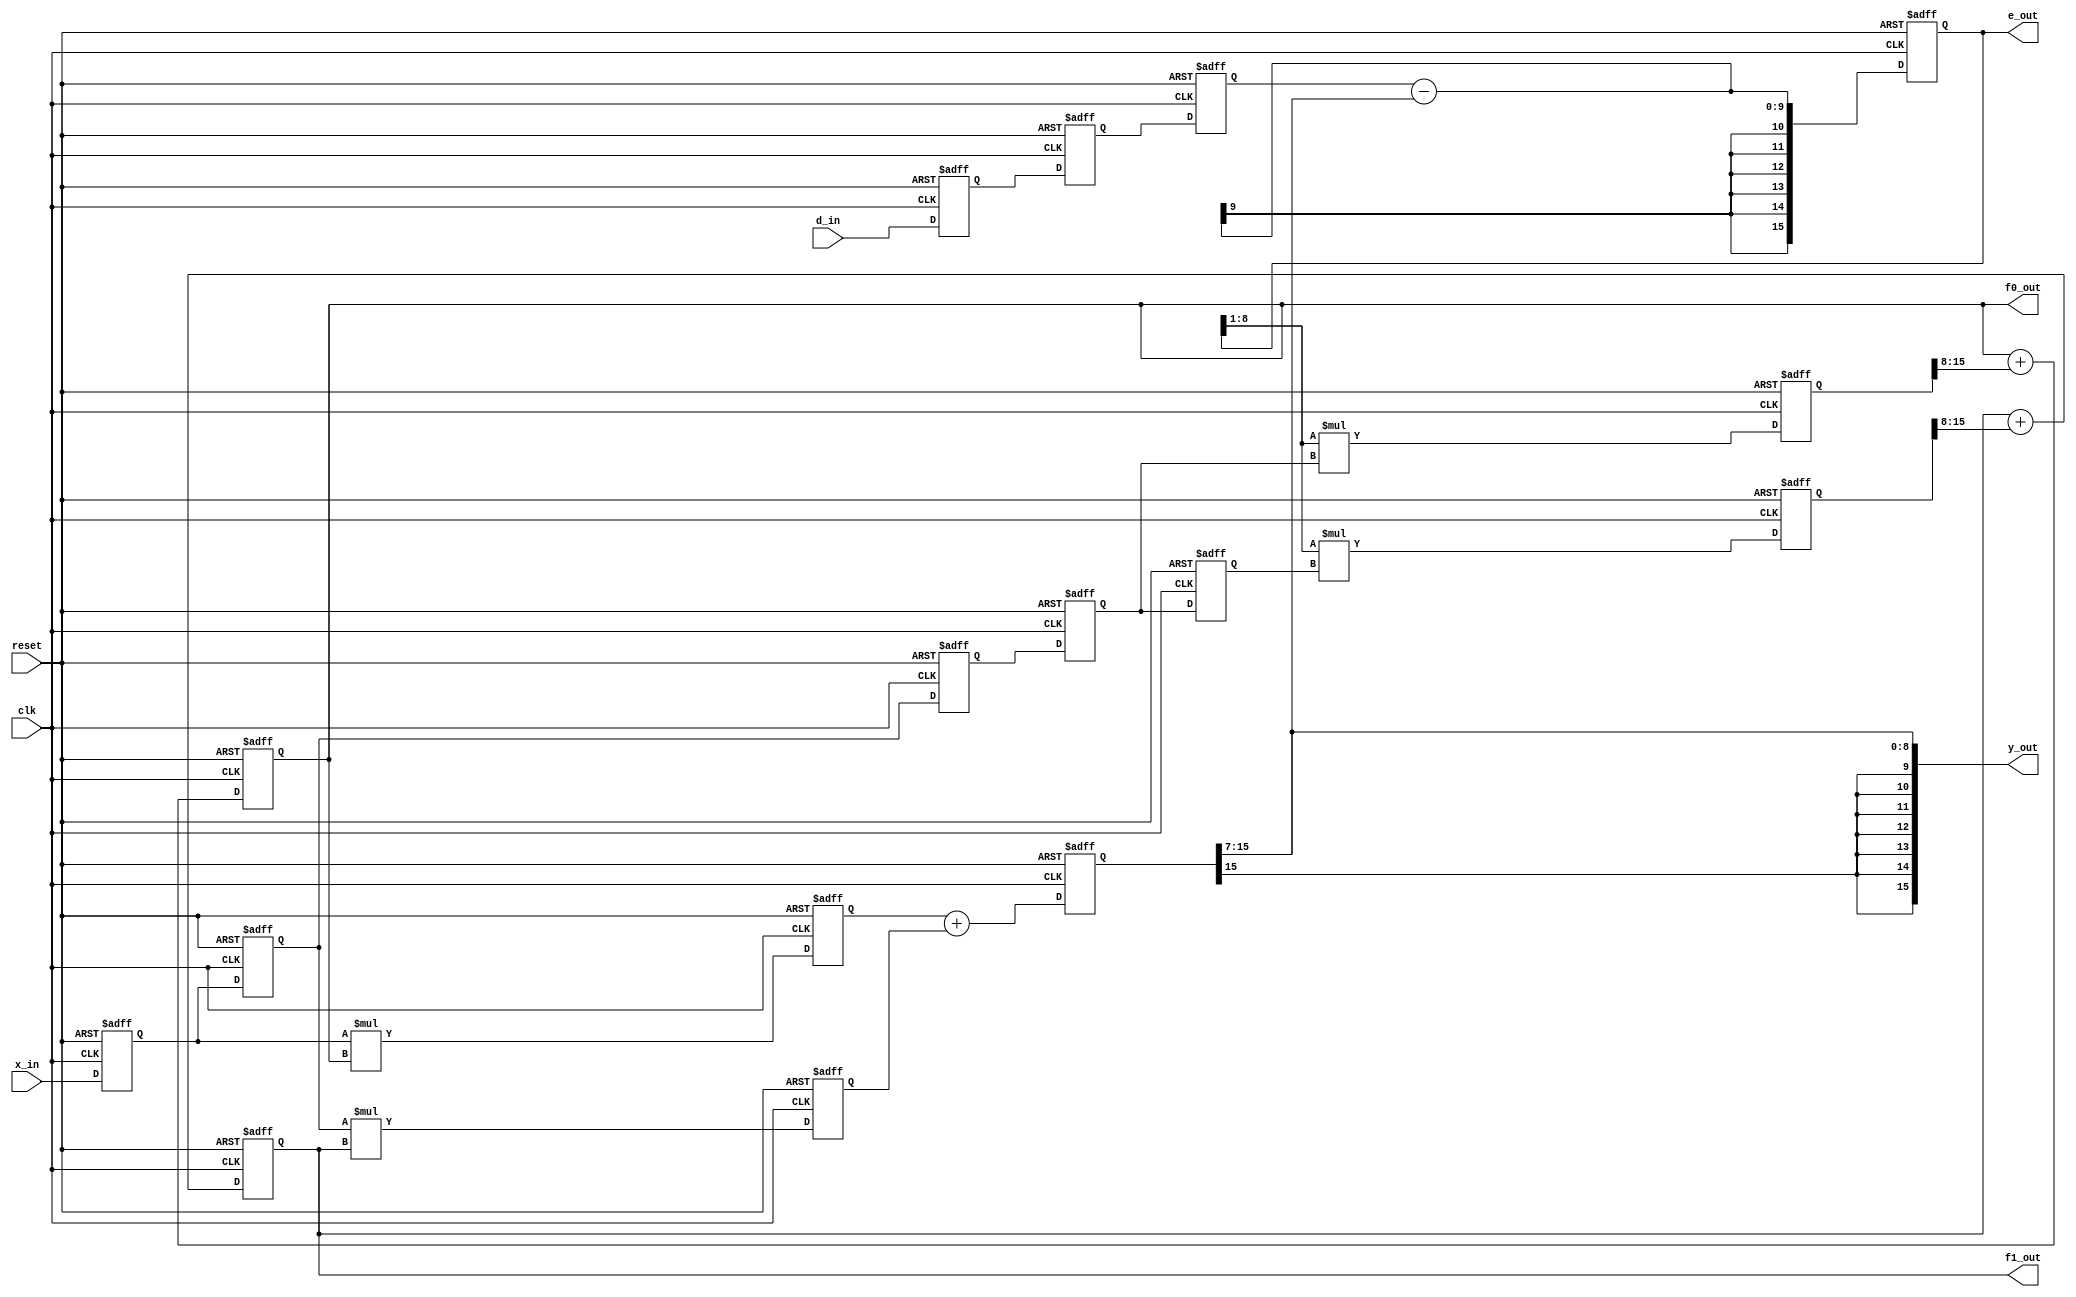
//*********************************************************
// IEEE STD 1364-2001 Verilog file: fir4dlms.v
// Author-EMAIL: Uwe.Meyer-Baese@ieee.org
//*********************************************************
// This is a generic DLMS FIR filter generator
// It uses W1 bit data/coefficients bits

module fir4dlms  //----> Interface
#(parameter W1 = 8,  // Input bit width
W2 = 16,  // Multiplier bit width 2*W1
L = 2)  // Filter length
( input clk,  // System clock
  input reset,  // Asynchronous reset
  input signed [W1-1:0] x_in,  //System input
  input signed [W1-1:0] d_in,  // Reference input
  output signed [W1-1:0] f0_out, // 1. filter coefficient
  output signed [W1-1:0] f1_out, // 2. filter coefficient
  output signed [W2-1:0] y_out, // System output
  output signed [W2-1:0] e_out); // Error signal

// --------------------------------------------------------
// 2D array types memories are supported by Quartus II
// in Verilog, use therefore single vectors
reg signed [W1-1:0] x[0:4];
reg signed [W1-1:0] f[0:1];
reg signed [W1-1:0] d[0:2]; // Desired signal array
wire signed [W1-1:0] emu;
reg signed [W2-1:0] xemu[0:1]; // Product array
reg signed [W2-1:0] p[0:1];  // double bit width
reg signed [W2-1:0] y, e, sxtd;

always @(posedge clk or posedge reset) // Store these data
begin: Store  // or coefficients
    integer k;  // loop variable
    if (reset) begin  // Asynchronous clear
        for (k=0; k<=2; k=k+1) 
            d[k] <= 0;
        for (k=0; k<=4; k=k+1) 
            x[k] <= 0;
        for (k=0; k<=1; k=k+1)
            f[k] <= 0;
    end else begin
        d[0] <= d_in; // Shift register for desired data
        d[1] <= d[0];
        d[2] <= d[1];
        x[0] <= x_in; // Shift register for data
        x[1] <= x[0];
        x[2] <= x[1];
        x[3] <= x[2];
        x[4] <= x[3];
        f[0] <= f[0] + xemu[0][15:8]; // implicit divide by 2
        f[1] <= f[1] + xemu[1][15:8];
    end
end

// Instantiate L pipelined multiplier
always @(posedge clk or posedge reset) begin : Mul
    integer k, I;  // loop variable
    if (reset) begin  // Asynchronous clear
        for (k=0; k<=L-1; k=k+1) begin
            p[k] <= 0;
            xemu[k] <= 0;
        end
        y <= 0; 
        e <= 0;
    end else begin
        for (I=0; I<L; I=I+1) begin
            p[I] <= x[I] * f[I];
            xemu[I] <= emu * x[I+3];
        end
        y <= p[0] + p[1]; // Compute ADF output
        // Scale y by 128 because x is fraction
        e <= d[2] - (y >>> 7);
    end
end

assign emu = e >>> 1; // e*mu divide by 2 and
// 2 from xemu makes mu=1/4
assign y_out = y >>> 7;  // Monitor some test signals
assign e_out = e;
assign f0_out = f[0];
assign f1_out = f[1];

endmodule